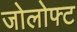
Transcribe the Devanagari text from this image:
जोलोफ्ट